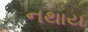
નથાય